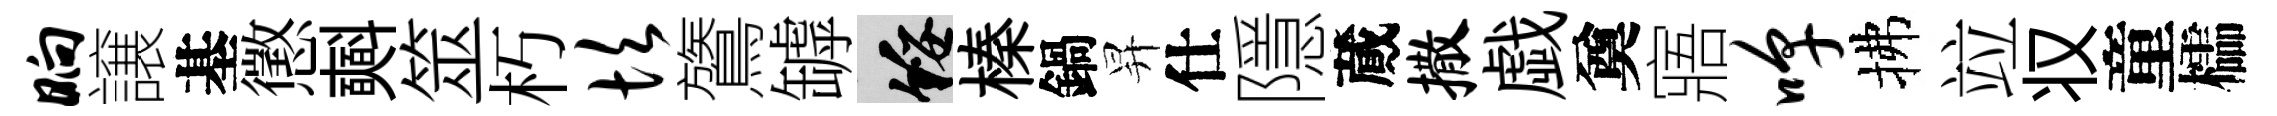
晌譲基懲𣂏筮朽坎鷟罅綏榛鍋昇仕隱蕆撒戯奠寤嗥拂竝𠬧童櫺